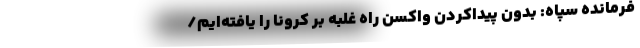
فرمانده سپاه: بدون پیداکردن واکسن راه غلبه بر کرونا را یافته‌ایم/